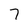
Character: 7